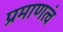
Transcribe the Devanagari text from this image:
प्रमाणत्वं